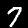
Label: 7